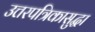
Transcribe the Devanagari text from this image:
उत्तरपत्रिकासुद्धा